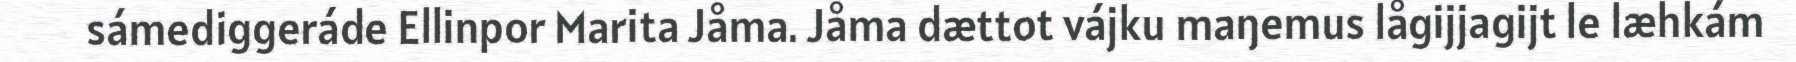
sámediggeráde Ellinpor Marita Jåma. Jåma dættot vájku maŋemus lågijjagijt le læhkám